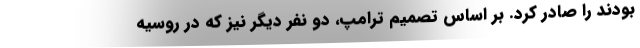
بودند را صادر کرد. بر اساس تصمیم ترامپ، دو نفر دیگر نیز که در روسیه